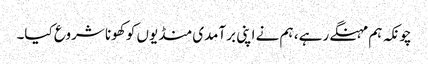
چونکہ ہم مہنگے رہے ، ہم نے اپنی برآمدی منڈیوں کو کھونا شروع کیا۔